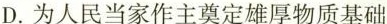
D.为人民当家作主奠定雄厚物质基础